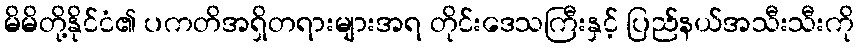
မိမိတို့နိုင်ငံ၏ ပကတိအရှိတရားများအရ တိုင်းဒေသကြီးနှင့် ပြည်နယ်အသီးသီးကို